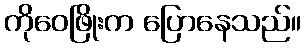
ကိုဝေဖြိုးက ပြောနေသည်။